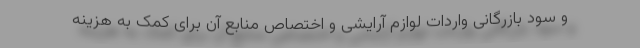
و سود بازرگانی واردات لوازم آرایشی و اختصاص منابع آن برای کمک به هزینه